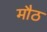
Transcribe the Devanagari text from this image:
मौठ